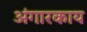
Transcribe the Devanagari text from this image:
अंगारकाय